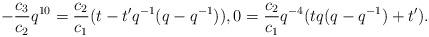
LaTeX: \begin{align*}-\frac{c_{3}}{c_{2}} q^{10} = \frac{c_{2}}{c_{1}} (t - t^\prime q^{-1}(q - q^{-1})), 0 = \frac{c_{2}}{c_{1}} q^{-4} (t q (q - q^{-1}) + t^\prime).\end{align*}